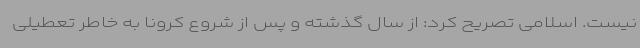
نیست. اسلامی تصریح کرد: از سال گذشته و پس از شروع کرونا به خاطر تعطیلی